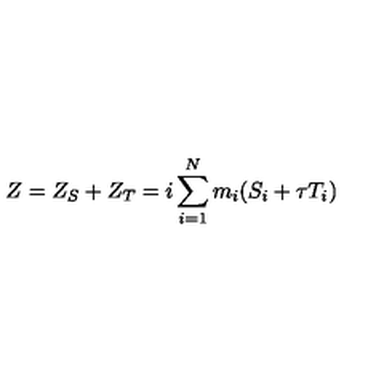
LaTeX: Z = Z _ { S } + Z _ { T } = i \sum _ { i = 1 } ^ { N } m _ { i } ( S _ { i } + \tau T _ { i } )